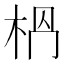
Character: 𣐶